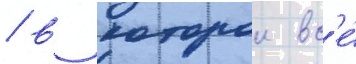
/ в которои вс'е́